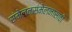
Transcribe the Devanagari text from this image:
संमेलनसंमेलनासाठी